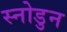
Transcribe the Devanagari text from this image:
स्नोडुन